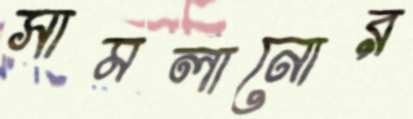
সামলানোর